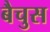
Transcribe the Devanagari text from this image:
बैचुस